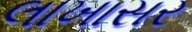
લાખાસર